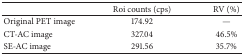
|  | Roi counts (cps) | RV (%) |
 | --- | --- | --- |
 | Original PET image | 174.92 | — |
 | CT-AC image | 327.04 | 46.5% |
 | SE-AC image | 291.56 | 35.7% |